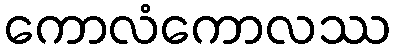
ကောလံကောလဿ